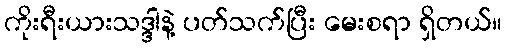
ကိုးရီးယားသဒ္ဒါနဲ့ ပတ်သက်ပြီး မေးစရာ ရှိတယ်။